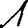
Digit: 1